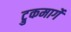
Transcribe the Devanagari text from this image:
ट्रुकमार्गे